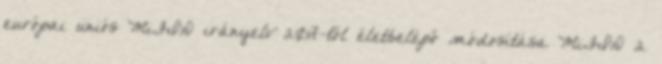
európai uniós MiFID irányelv 2017-től életbelépő módosítása MiFID 2